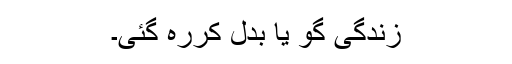
زندگی گو یا بدل کررہ گئی۔